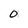
Character: 0